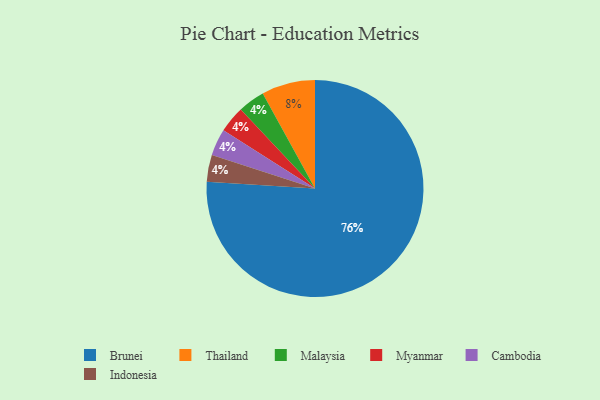
{"axis": {"x": "Category", "y": "Percentage"}, "legend": ["Brunei", "Cambodia", "Indonesia", "Malaysia", "Myanmar", "Thailand"], "data": [{"x": "Malaysia", "y": 4, "type": "Malaysia"}, {"x": "Myanmar", "y": 4, "type": "Myanmar"}, {"x": "Cambodia", "y": 4, "type": "Cambodia"}, {"x": "Indonesia", "y": 4, "type": "Indonesia"}, {"x": "Brunei", "y": 76, "type": "Brunei"}, {"x": "Thailand", "y": 8, "type": "Thailand"}]}